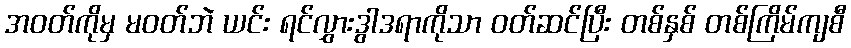
အဝတ်ကိုမှ မဝတ်ဘဲ ယင်း ရင်လွှားဒွါဒရာကိုသာ ဝတ်ဆင်ပြီး တစ်နှစ် တစ်ကြိမ်ကျစီ